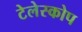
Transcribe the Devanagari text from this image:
टेलेस्कोप